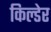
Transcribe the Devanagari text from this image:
किल्डेर